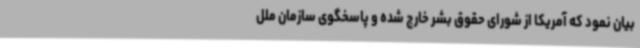
بیان نمود که آمریکا از شورای حقوق بشر خارج شده و پاسخگوی سازمان ملل